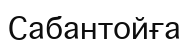
Сабантойға